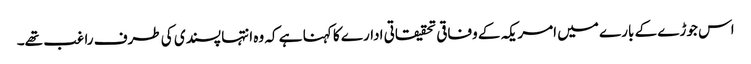
اس جوڑے کے بارے میں امریکہ کے وفاقی تحقیقاتی ادارے کا کہنا ہے کہ وہ انتہا پسندی کی طرف راغب تھے۔